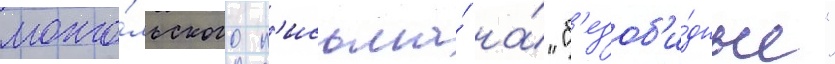
монго́льского п'исьма́ на́ "б'езоб'и́дные"